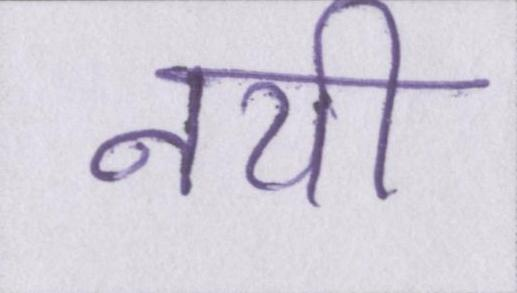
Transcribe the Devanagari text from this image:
नयी